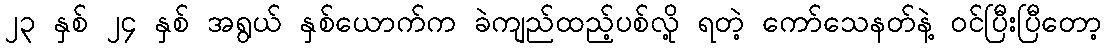
၂၃ နှစ် ၂၄ နှစ် အရွယ် နှစ်ယောက်က ခဲကျည်ထည့်ပစ်လို့ ရတဲ့ ကော်သေနတ်နဲ့ ဝင်ပြီးပြီတော့